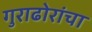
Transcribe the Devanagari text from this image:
गुराढोरांचा